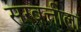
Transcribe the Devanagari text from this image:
सरबत्तीला